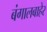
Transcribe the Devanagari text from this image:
बंगालबाहेर